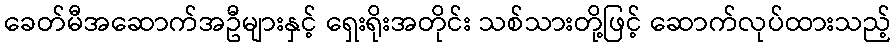
ခေတ်မီအဆောက်အဦများနှင့် ရှေးရိုးအတိုင်း သစ်သားတို့ဖြင့် ဆောက်လုပ်ထားသည့်